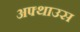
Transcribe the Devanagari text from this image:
अफ्थाउस